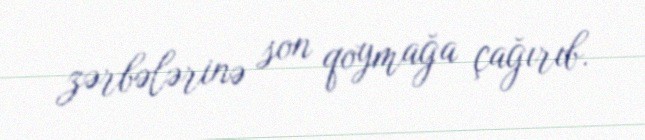
zərbələrinə son qoymağa çağırıb.